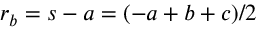
\displaystyle r _ { b } = s - a = ( - a + b + c ) / 2